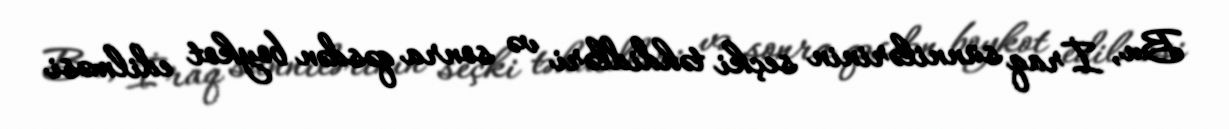
Bu, İraq sünnilərinin seçki təhdidləri və sonra qəsdən boykot edilməsi